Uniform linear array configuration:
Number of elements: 12
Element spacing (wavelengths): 0.25
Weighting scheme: uniform
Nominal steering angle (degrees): -60
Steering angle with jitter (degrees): -58.105
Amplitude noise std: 0.05
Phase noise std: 0.05

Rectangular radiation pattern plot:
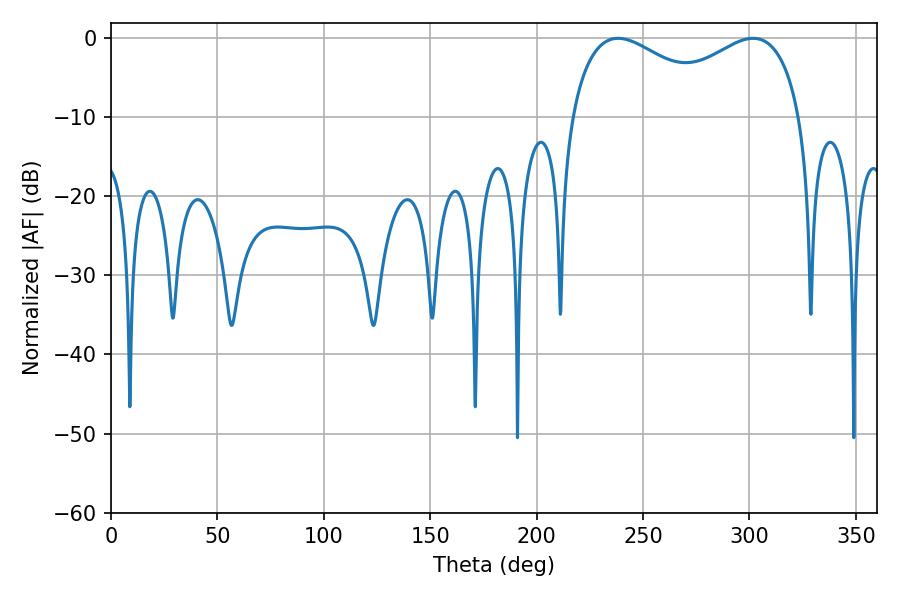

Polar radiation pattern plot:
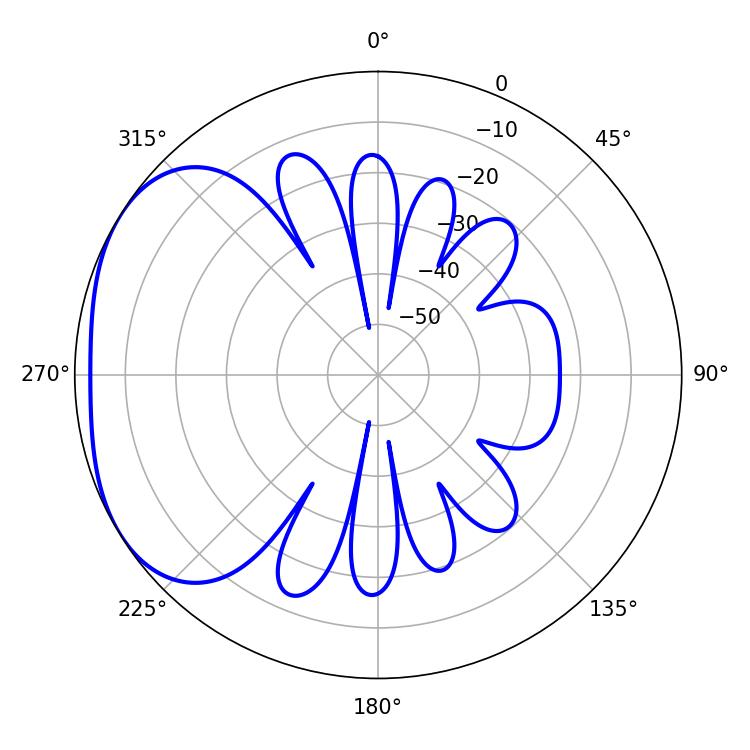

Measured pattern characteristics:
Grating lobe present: FALSE
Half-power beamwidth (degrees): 41.94
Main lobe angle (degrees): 238.32